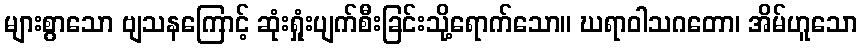
များစွာသော ဗျသနကြောင့် ဆုံးရှုံးပျက်စီးခြင်းသို့ရောက်သော။ ဃရာဝါသဂတော၊ အိမ်ဟူသော